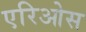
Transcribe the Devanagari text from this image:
एरिओस